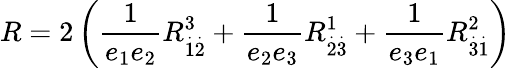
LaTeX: R=2\left(\frac{1}{e_{1}e_{2}}R_{\overset{.}{1}\overset{.}{2}}^{3}+\frac{1}{e_{2}e_{3}}R_{\overset{.}{2}\overset{.}{3}}^{1}+\frac{1}{e_{3}e_{1}}R_{\overset{.}{3}\overset{.}{1}}^{2}\right)